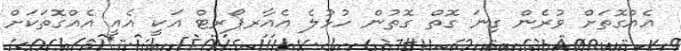
އެއްގޮތަށް ވުރެން ގިނަ ގޮތް ގޮތުން ހުޅުލެ އެއާރޕޯރޓް އަކީ އެއީ އެއްގޮތަކަށް